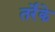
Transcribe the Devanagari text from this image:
तर्रेके